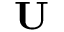
\mathbf { U }